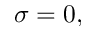
\sigma = 0 ,